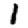
Digit: 1